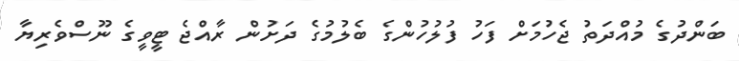
ބަންދުގެ މުއްދަތު ޖެހުމަށް ފަހު ފުލުހުންގެ ބެލުމުގެ ދަށުން ރާއްޖެ ޓީވީގެ ނޫސްވެރިޔާ